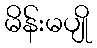
မိန်းမပျို